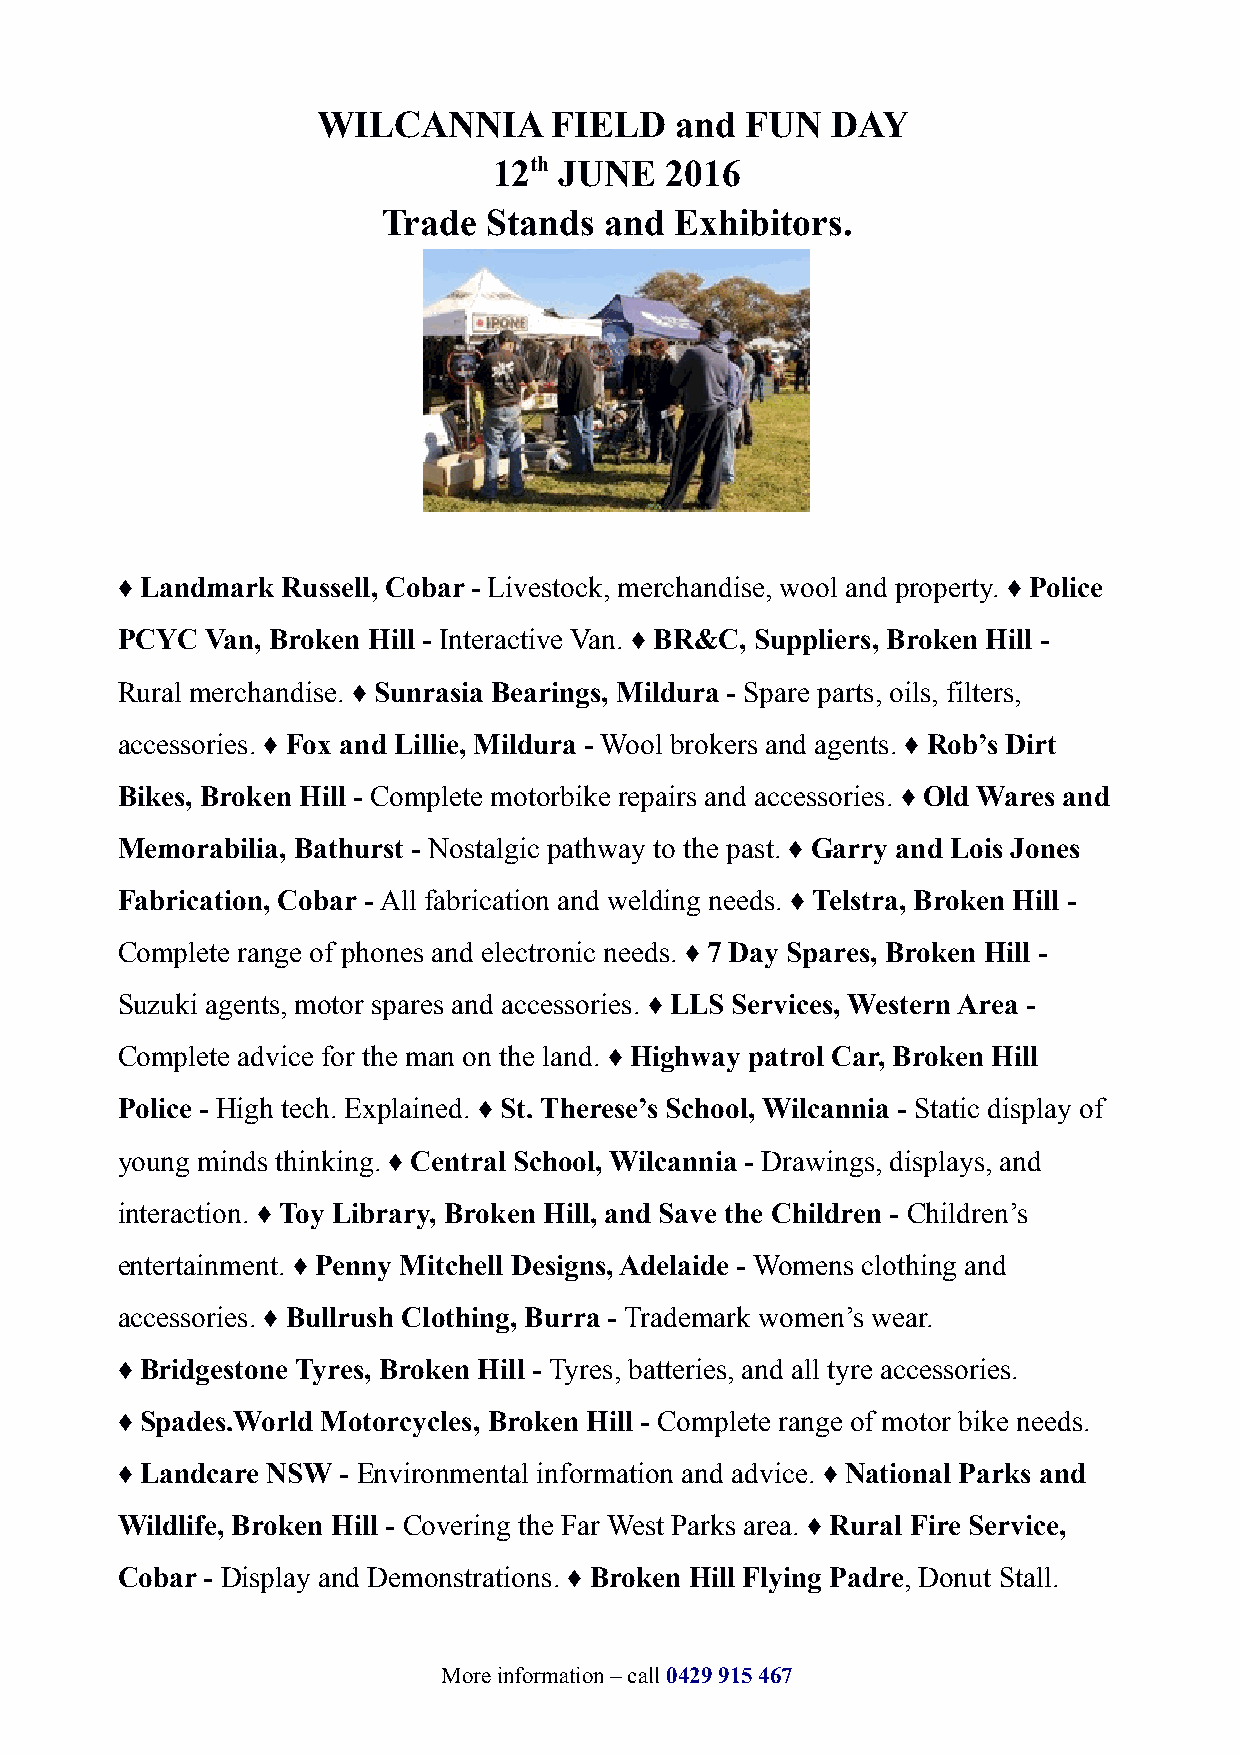
WILCANNIA      FIELD    and FUN   DAY
 12th JUNE  2016
 Trade  Stands  and  Exhibitors.
 ♦ Landmark Russell, Cobar - Livestock, merchandise, wool and property. ♦ Police
 PCYC  Van, Broken Hill - Interactive Van. ♦ BR&C, Suppliers, Broken Hill -
 Rural merchandise. ♦ Sunrasia Bearings, Mildura - Spare parts, oils, filters,
 accessories. ♦ Fox and Lillie, Mildura - Wool brokers and agents. ♦ Rob’s Dirt
 Bikes, Broken Hill - Complete motorbike repairs and accessories. ♦ Old Wares and
 Memorabilia, Bathurst - Nostalgic pathway to the past. ♦ Garry and Lois Jones
 Fabrication, Cobar - All fabrication and welding needs. ♦ Telstra, Broken Hill -
 Complete range of phones and electronic needs. ♦ 7 Day Spares, Broken Hill -
 Suzuki agents, motor spares and accessories. ♦ LLS Services, Western Area -
 Complete advice for the man on the land. ♦ Highway patrol Car, Broken Hill
 Police - High tech. Explained. ♦ St. Therese’s School, Wilcannia - Static display of
 young minds thinking. ♦ Central School, Wilcannia - Drawings, displays, and
 interaction. ♦ Toy Library, Broken Hill, and Save the Children - Children’s
 entertainment. ♦ Penny Mitchell Designs, Adelaide - Womens clothing and
 accessories. ♦ Bullrush Clothing, Burra - Trademark women’s wear.
 ♦ Bridgestone Tyres, Broken Hill - Tyres, batteries, and all tyre accessories.
 ♦ Spades.World Motorcycles, Broken Hill - Complete range of motor bike needs.
 ♦ Landcare NSW - Environmental information and advice. ♦ National Parks and
 Wildlife, Broken Hill - Covering the Far West Parks area. ♦ Rural Fire Service,
 Cobar - Display and Demonstrations. ♦ Broken Hill Flying Padre, Donut Stall.
 More information – call 0429 915 467